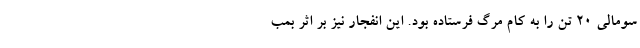
سومالی ۲۰ تن را به کام مرگ فرستاده بود. این انفجار نیز بر اثر بمب